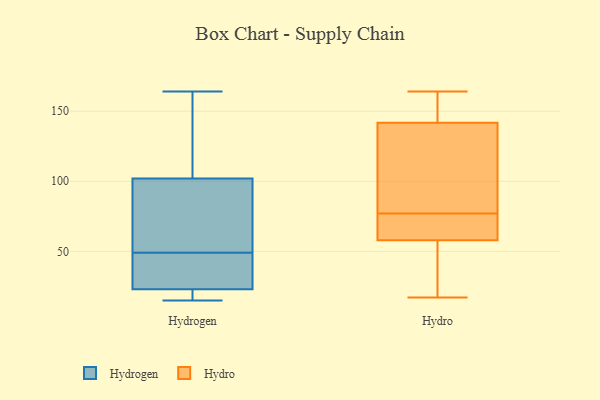
{"axis": {"x": "Active Users", "y": "Value"}, "legend": ["Hydro", "Hydrogen"], "data": [{"x": "", "y": 114, "type": "Hydrogen"}, {"x": "", "y": 86, "type": "Hydrogen"}, {"x": "", "y": 25, "type": "Hydrogen"}, {"x": "", "y": 23, "type": "Hydrogen"}, {"x": "", "y": 15, "type": "Hydrogen"}, {"x": "", "y": 55, "type": "Hydrogen"}, {"x": "", "y": 18, "type": "Hydrogen"}, {"x": "", "y": 102, "type": "Hydrogen"}, {"x": "", "y": 164, "type": "Hydrogen"}, {"x": "", "y": 43, "type": "Hydrogen"}, {"x": "", "y": 77, "type": "Hydro"}, {"x": "", "y": 67, "type": "Hydro"}, {"x": "", "y": 21, "type": "Hydro"}, {"x": "", "y": 17, "type": "Hydro"}, {"x": "", "y": 81, "type": "Hydro"}, {"x": "", "y": 72, "type": "Hydro"}, {"x": "", "y": 55, "type": "Hydro"}, {"x": "", "y": 138, "type": "Hydro"}, {"x": "", "y": 164, "type": "Hydro"}, {"x": "", "y": 143, "type": "Hydro"}, {"x": "", "y": 157, "type": "Hydro"}]}